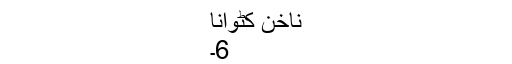
ناخن کٹوانا
6۔